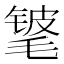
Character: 𬇃